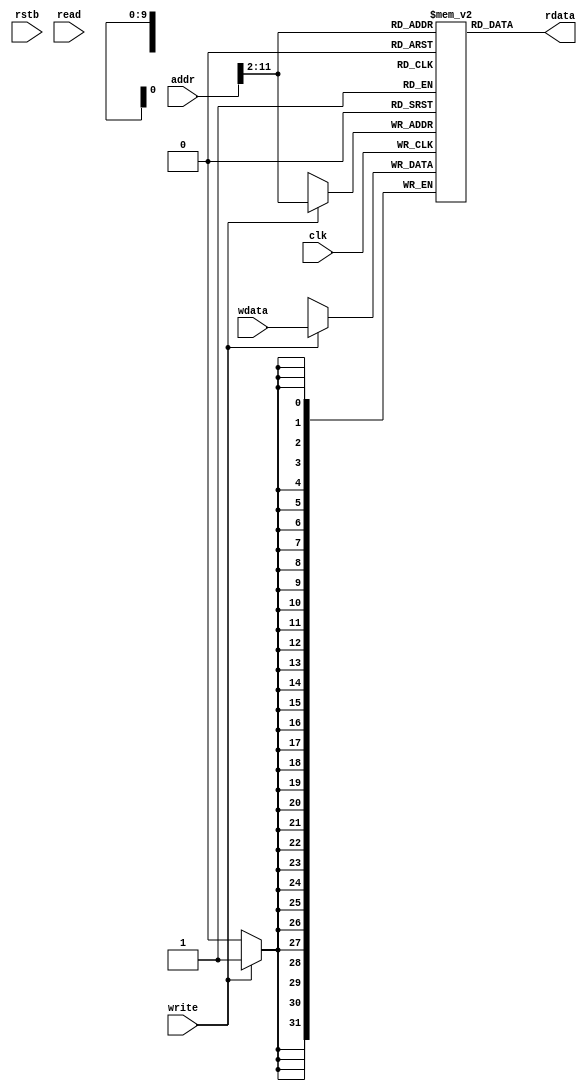
module dram(
    input           clk     ,
    input           rstb    ,
    input [31:0]    addr    ,
    input [31:0]    wdata   ,
    input           write   ,
    input           read    ,
    output [31:0]   rdata   
    );
    reg [31:0] mem[0:(1<<10) -1];
    //always @(posedge clk or negedge rstb)
    always @(posedge clk)
        if (write)        
            mem[addr[31:2]] <= wdata;

    assign rdata = mem[addr[31:2]];
endmodule